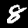
Digit: 8